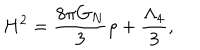
LaTeX: H ^ { 2 } = \frac { 8 \pi G _ { N } } { 3 } \rho + \frac { \Lambda _ { 4 } } { 3 } ,